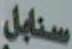
سنابل